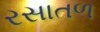
રસાતળ